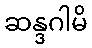
ဆန္ဒဂါမိ